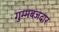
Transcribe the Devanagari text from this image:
गुम्मबजदार